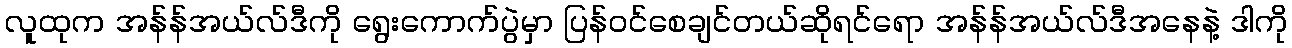
လူထုက အန်န်အယ်လ်ဒီကို ရွေးကောက်ပွဲမှာ ပြန်ဝင်စေချင်တယ်ဆိုရင်ရော အန်န်အယ်လ်ဒီအနေနဲ့ ဒါကို